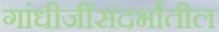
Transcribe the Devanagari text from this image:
गांधीजींसंदर्भांतील